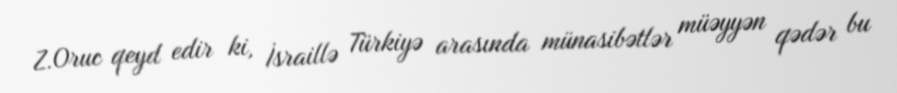
Z.Oruc qeyd edir ki, İsraillə Türkiyə arasında münasibətlər müəyyən qədər bu